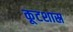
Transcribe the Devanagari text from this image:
कूटशास्र